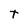
Character: t